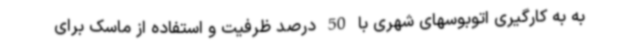
به به‌ کارگیری اتوبوسهای شهری با 50 درصد ظرفیت و استفاده از ماسک برای